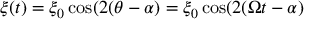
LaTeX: \xi ( t ) = \xi _ { 0 } \cos ( 2 ( \theta - \alpha ) = \xi _ { 0 } \cos ( 2 ( \Omega t - \alpha )